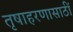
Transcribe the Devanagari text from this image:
तृषाहरणासाठीं